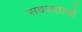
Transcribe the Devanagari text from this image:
सबलताओं